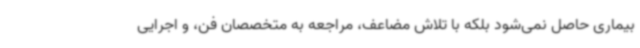
بیماری حاصل نمی‌شود بلکه با تلاش مضاعف، مراجعه به متخصصان فن، و اجرایی